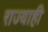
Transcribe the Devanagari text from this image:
राज्याही